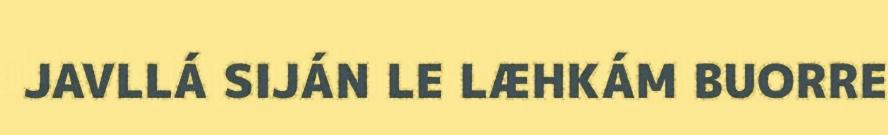
JAVLLÁ SIJÁN LE LÆHKÁM BUORRE